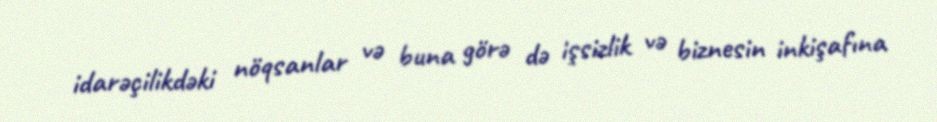
idarəçilikdəki nöqsanlar və buna görə də işsizlik və biznesin inkişafına